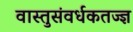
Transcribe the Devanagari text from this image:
वास्तुसंवर्धकतज्ज्ञ